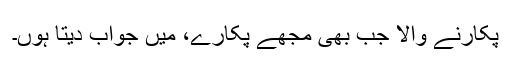
پکارنے والا جب بھی مجھے پکارے، میں جواب دیتا ہوں۔